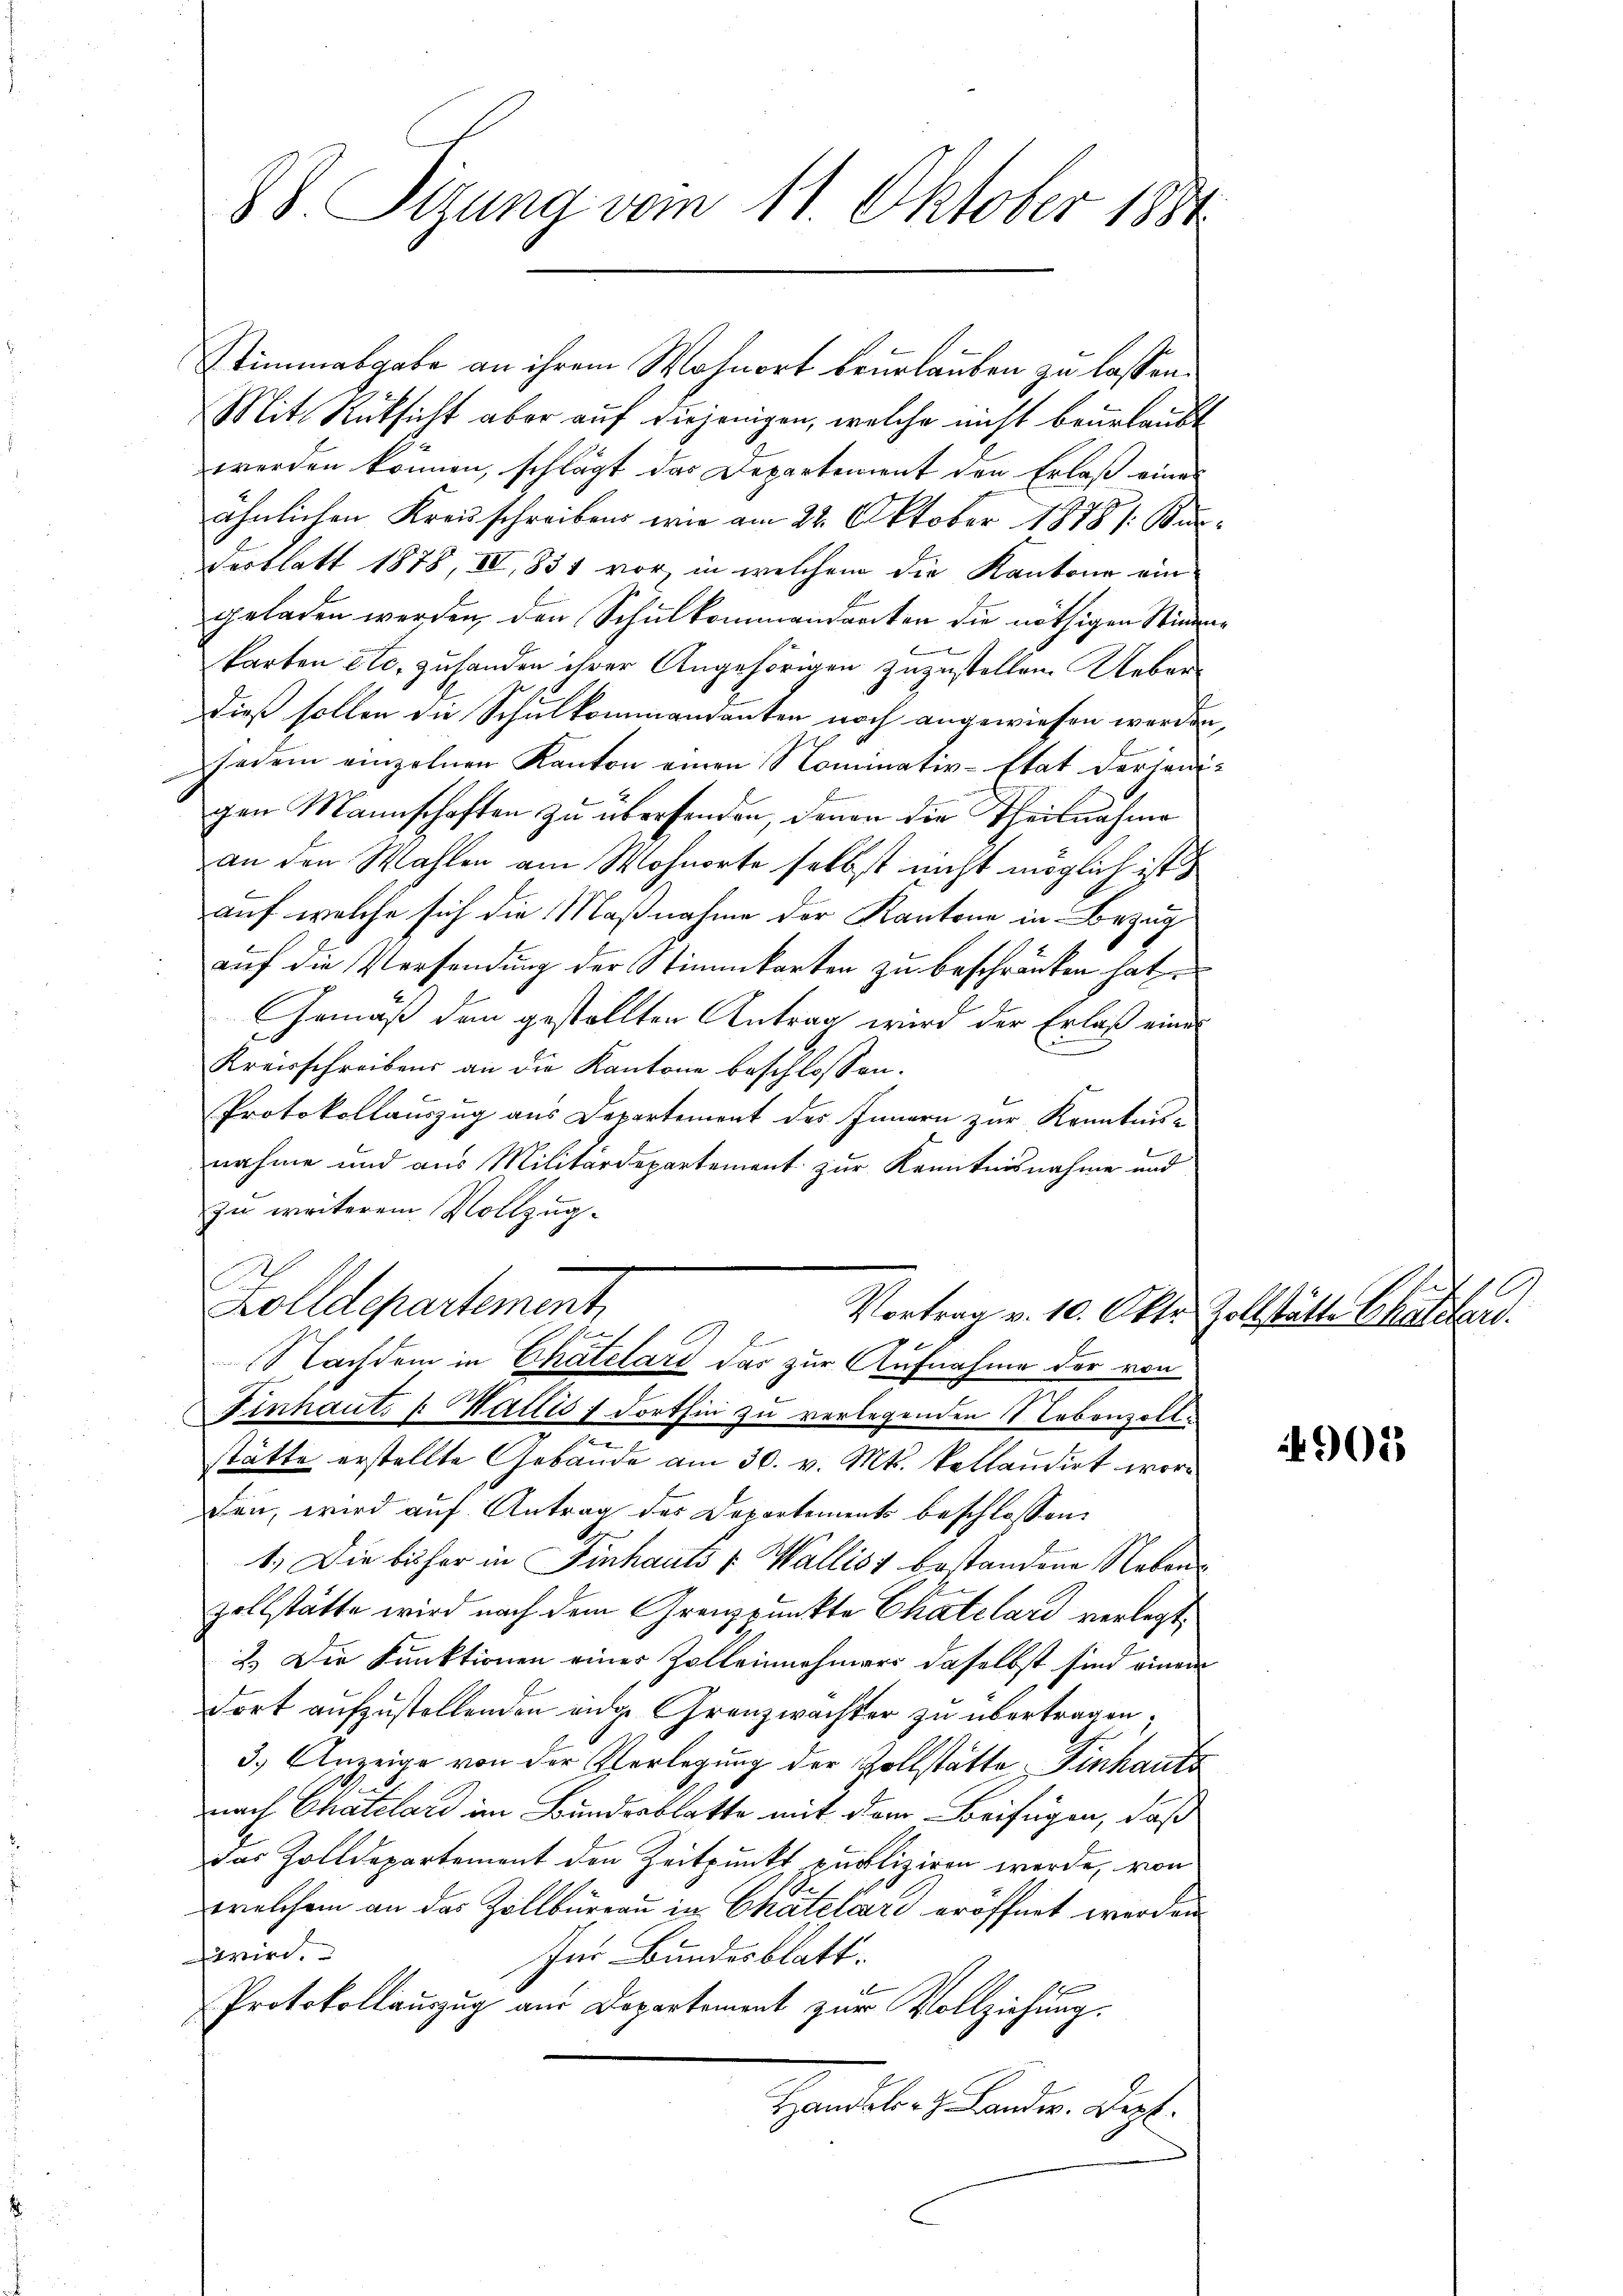
88. Tizung vom 11. Oktober 1881

Stimmabgabe an ihrem Wohnort beurlauben zu lassen.
Mit Rücksicht aber auf diejenigen, welche nicht beurlaubt
werden können, schlägt das Departement den Erlaß eines
ähnlichen Kreisschreibens wie am 22. Oktober 1878 /: Bun¬
Desblatt 1878, IV 831 vor, in welchem die Kantone eingeladen werden, den Schulkommendanten die nöthigen Stimmkarten etc. zu handen ihrer Angehörigen zuzustellen. Ueber
dieß sollen die Schulkommandanten noch angewiesen werden,
sedem einzelnen Kanton einen Nominativ-Etat derjenigen Mannschaften zu übersenden, denen die Theilnahme
an den Wahlen am Wohnorte selbst nicht möglich ist
auf welche sich die Maßnahme der Kantone in Bezug
auf die Versendung der Stimmkarten zu beschränken hat.
Gemäß den gestellten Antrag wird der Erlaß eines
Kreisschreibens an die Kantone beschlossen:
Protokollauszug aus Departement des Innern zur Kenntnis-
nahme und aus Militärdepartement zur Kenntnisnahme und
zu weiterem Vollzug.
s
Zolldepartement
Vortrag v. 10. Okt. Zollstätte Chaletard.
Nachdem in Chatelard das zur Aufnahme der von
inhaut. 1. Mattis f dorthin zu verlegenden Nebenzollstätte erstellte Gebäude am 30. v. Mts. kollaudirt word
den, wird auf Antrag des Departements beschlossen:
G.
1.) Die bisher in Finhauts & Wallis bestandene Nebenzollstätte wird nach dem Grenzpunkte Chatelard verlegt,
2.) Die Funktionen einer Zolleinnehmers daselbst sind einem
dort aufzustellenden eige Grenzwachter zu übertragen;
3.) Anzeige von der Verlegung der Zollstätte Einkauts
nach Chatelard im Bundesblatte mit dem Beifügen, daß
das Zolldepartement den Zeitpunkt publiziren werde, von
welchem an das Zollbüreau in Chatelard eröffnet werden
r
Ins Bundesblatt.
Protokollauszug aus Departement zur Vollziehung.
Handler, Lander. Dipl.

10

902